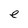
Character: e